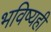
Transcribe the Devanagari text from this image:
भविष्यही